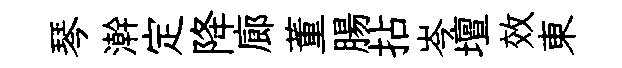
琴澣定降廊董腸拈岑壇效東